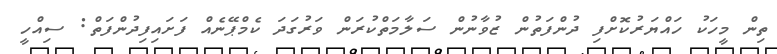
ތިން މީހަކު ހައްޔަރުކޮށްފި ދުންފަތުން ޒުވާނުން ސަލާމަތްކުރަން ވަރުގަދަ ކެމްޕޭނެއް ފަށައިފިދުންފަތް: ސިއްހީ